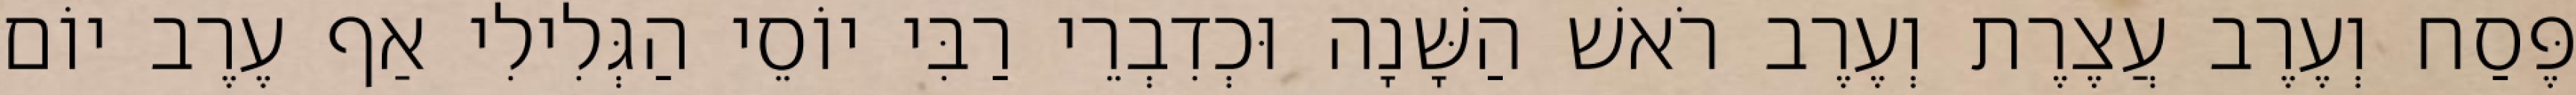
פֶּסַח וְעֶרֶב עֲצֶרֶת וְעֶרֶב רֹאשׁ הַשָּׁנָה וּכְדִבְרֵי רַבִּי יוֹסֵי הַגְּלִילִי אַף עֶרֶב יוֹם